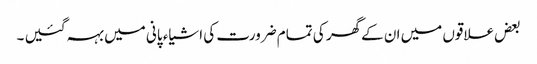
بعض علاقوں میں ان کےگھر کی تمام ضرورت کی اشیاء پانی میں بہہ گئیں ۔